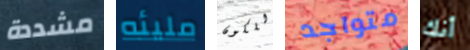
مشددة مليئه للكون متواجد أنك